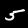
Digit: 5